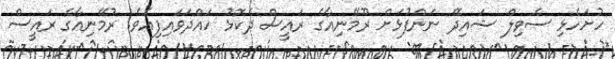
ހުށަހެޅި ސެވިލް ޝައިދޭ ނަންފުޅަށް ރޫމޭނިއާގެ ރައީސް ދެކޮޅު ހައްދަވައިފިއެވެ. ރުމޭނިއާގެ ރައީސް